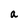
Character: a